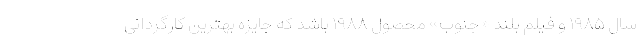
سال ۱۹۸۵ و فیلم بلند «جنوب» محصول ۱۹۸۸ باشد که جایزه بهترین کارگردانی